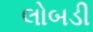
લોબડી